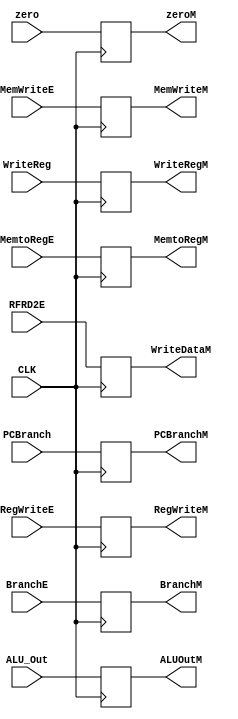
`timescale 1ns / 1ps

module execute_memory_register # ( parameter WL = 32 )
(
    input CLK,
    input RegWriteE,
    input MemtoRegE,
    input MemWriteE,
    input BranchE,
    input zero,
    input [WL - 1 : 0] ALU_Out,
    input [WL - 1 : 0] RFRD2E,
    input [4 : 0] WriteReg,
    input [WL - 1 : 0] PCBranch,
    output reg RegWriteM,
    output reg MemtoRegM,
    output reg MemWriteM,
    output reg BranchM,
    output reg zeroM,
    output reg [WL - 1 : 0] ALUOutM,
    output reg [WL - 1 : 0] WriteDataM,
    output reg [4 : 0] WriteRegM,
    output reg [WL - 1 : 0] PCBranchM
);
    
    always @ (posedge CLK)
    begin
        RegWriteM <= RegWriteE;
        MemtoRegM <= MemtoRegE;
        MemWriteM <= MemWriteE;
        BranchM <= BranchE;
        zeroM <= zero;
        ALUOutM <= ALU_Out;
        WriteDataM <= RFRD2E;
        WriteRegM <= WriteReg;
        PCBranchM <= PCBranch;
    end
    
endmodule